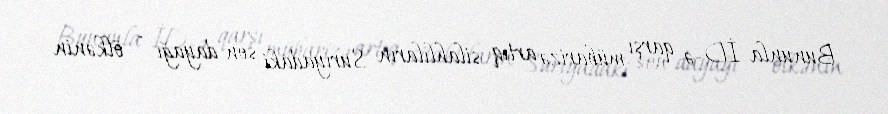
Bununla İD-ə qarşı mübarizə artıq silahlıların Suriyadaki son dayağı - ölkənin